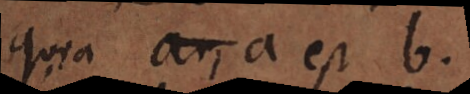
quia ar, a est b.